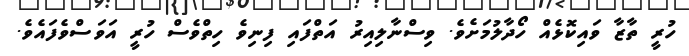
ހުރީ ތާޒާ ވައިކޮޅެއް ހޯދާލުމަށެވެ. ވިސްނާލިއިރު އަތްފައި ފިނިވެ ހިތްވެސް ހުރީ އަވަސްވެފައެވެ.